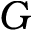
G